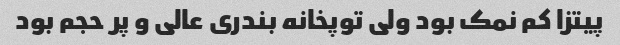
پیتزا کم نمک بود ولی توپخانه بندری عالی و پر حجم بود